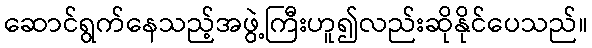
ဆောင်ရွက်နေသည့်အဖွဲ့ကြီးဟူ၍လည်းဆိုနိုင်ပေသည်။